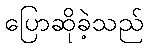
ပြောဆိုခဲ့သည်